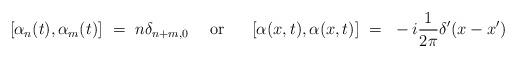
LaTeX: \begin{align*}[\alpha_n (t),\alpha_m (t)]~=~n\delta_{n+m,0}~~~~{\rm or}~~~~~[\alpha(x,t),\alpha(x,t)]~=~-i{1\over 2\pi} \delta'(x-x')\end{align*}